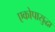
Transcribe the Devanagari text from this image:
एकोपासुद्धा